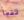
تنبأ